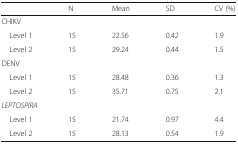
|  | N | Mean | SD | CV (%) |
 | --- | --- | --- | --- | --- |
 | <COLSPAN=5> CHIKV |
 | Level 1 | 15 | 22.56 | 0.42 | 1.9 |
 | Level 2 | 15 | 29.24 | 0.44 | 1.5 |
 | <COLSPAN=5> DENV |
 | Level 1 | 15 | 28.48 | 0.36 | 1.3 |
 | Level 2 | 15 | 35.71 | 0.75 | 2.1 |
 | <COLSPAN=5> LEPTOSPIRA |
 | Level 1 | 15 | 21.74 | 0.97 | 4.4 |
 | Level 2 | 15 | 28.13 | 0.54 | 1.9 |